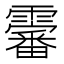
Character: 𱁨